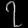
Digit: ၇